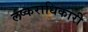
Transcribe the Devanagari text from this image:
लष्कराधिकारी